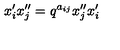
{ x } _ { i } ^ { \prime } { x } _ { j } ^ { \prime \prime } = q ^ { a _ { i j } } { x } _ { j } ^ { \prime \prime } { x } _ { i } ^ { \prime }